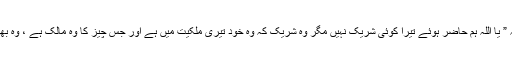
لبیک پکارتے ہوئے کہتے ہیں کہ ” یا اللہ ہم حاضر ہوئے تیرا کوئی شریک نہیں مگر وہ شریک کہ وہ خود تیری ملکیت میں ہے اور جس چیز کا وہ مالک ہے ، وہ بھی دراصل تیری ہی ملکیت ہے “ ۔